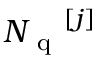
\ensuremath { { N _ { \mathrm { ~ q ~ } } } } ^ { [ j ] }